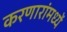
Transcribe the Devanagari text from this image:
करणारांमध्यें